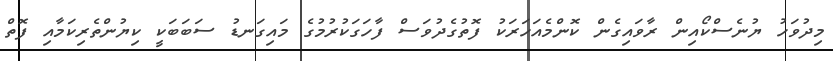
މިދުވަހު ޔުނެސްކޯއިން ރާވައިގެން ކޮންމެއަހަރަކު ފޮތުގެދުވަސް ފާހަގަކުރުމުގެ މައިގަނޑު ސަބަބަކީ ކިޔުންތެރިކަމާއި ފޮތް